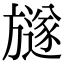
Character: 𣄚